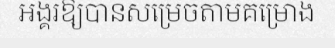
អង្គរឱ្យបានសម្រេចតាមគម្រោង